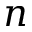
n